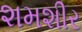
શમશીર